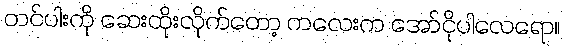
တင်ပါးကို ဆေးထိုးလိုက်တော့ ကလေးက အော်ငိုပါလေရော။